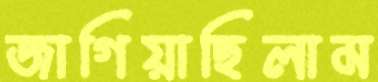
জাগিয়াছিলাম